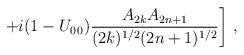
LaTeX: \begin{align*}\left. + i (1- U_{0\,0}) \frac{A_{2k}A_{2n+1}}{(2k)^{1/2}(2n+1)^{1/2}}\right] \, ,\end{align*}